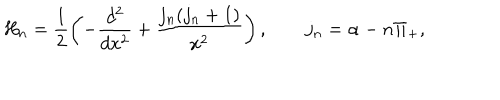
H _ { n } = \frac { 1 } { 2 } \left( - \frac { d ^ { 2 } } { d x ^ { 2 } } + \frac { j _ { n } ( j _ { n } + 1 ) } { x ^ { 2 } } \right) , \qquad j _ { n } = \alpha - n \Pi _ { + } ,